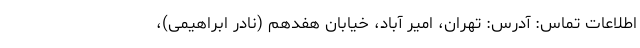
اطلاعات تماس: آدرس: تهران، امیر آباد، خیابان هفدهم (نادر ابراهیمی)،